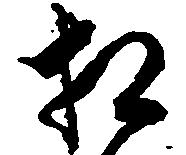
相